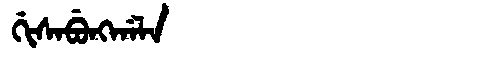
Manchu: ᡤᡳᠰᠠᠪᡠᠩᡤᠠᠯᠠ
Romanization: GISABUNGGALA